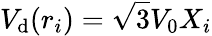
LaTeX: V_{\mathrm{d}}(r_{i})=\sqrt{3}V_{0}X_{i}